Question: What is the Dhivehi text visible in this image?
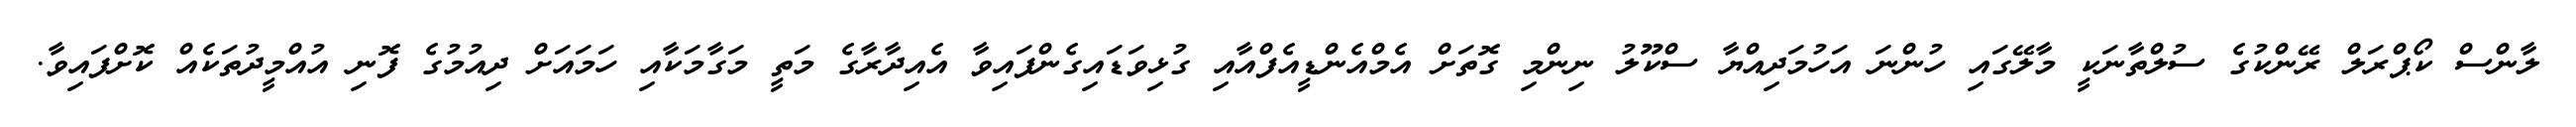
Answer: ލާންސް ކޯޕްރަލް ރޭންކުގެ ސުލްތާނަކީ މާލޭގައި ހުންނަ އަހުމަދިއްޔާ ސްކޫލު ނިންމި ގޮތަށް އެމްއެންޑީއެފްއާއި ގުޅިވަޑައިގެންފައިވާ އެއިދާރާގެ މަތީ މަގާމަކާއި ހަމައަށް ދިއުމުގެ ފޮނި އުއްމީދުތަކެއް ކޮށްފައިވާ.